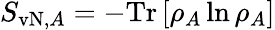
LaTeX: S_{\mathrm{vN},A}=-\mathrm{Tr}\left[\rho_{A}\ln\rho_{A}\right]